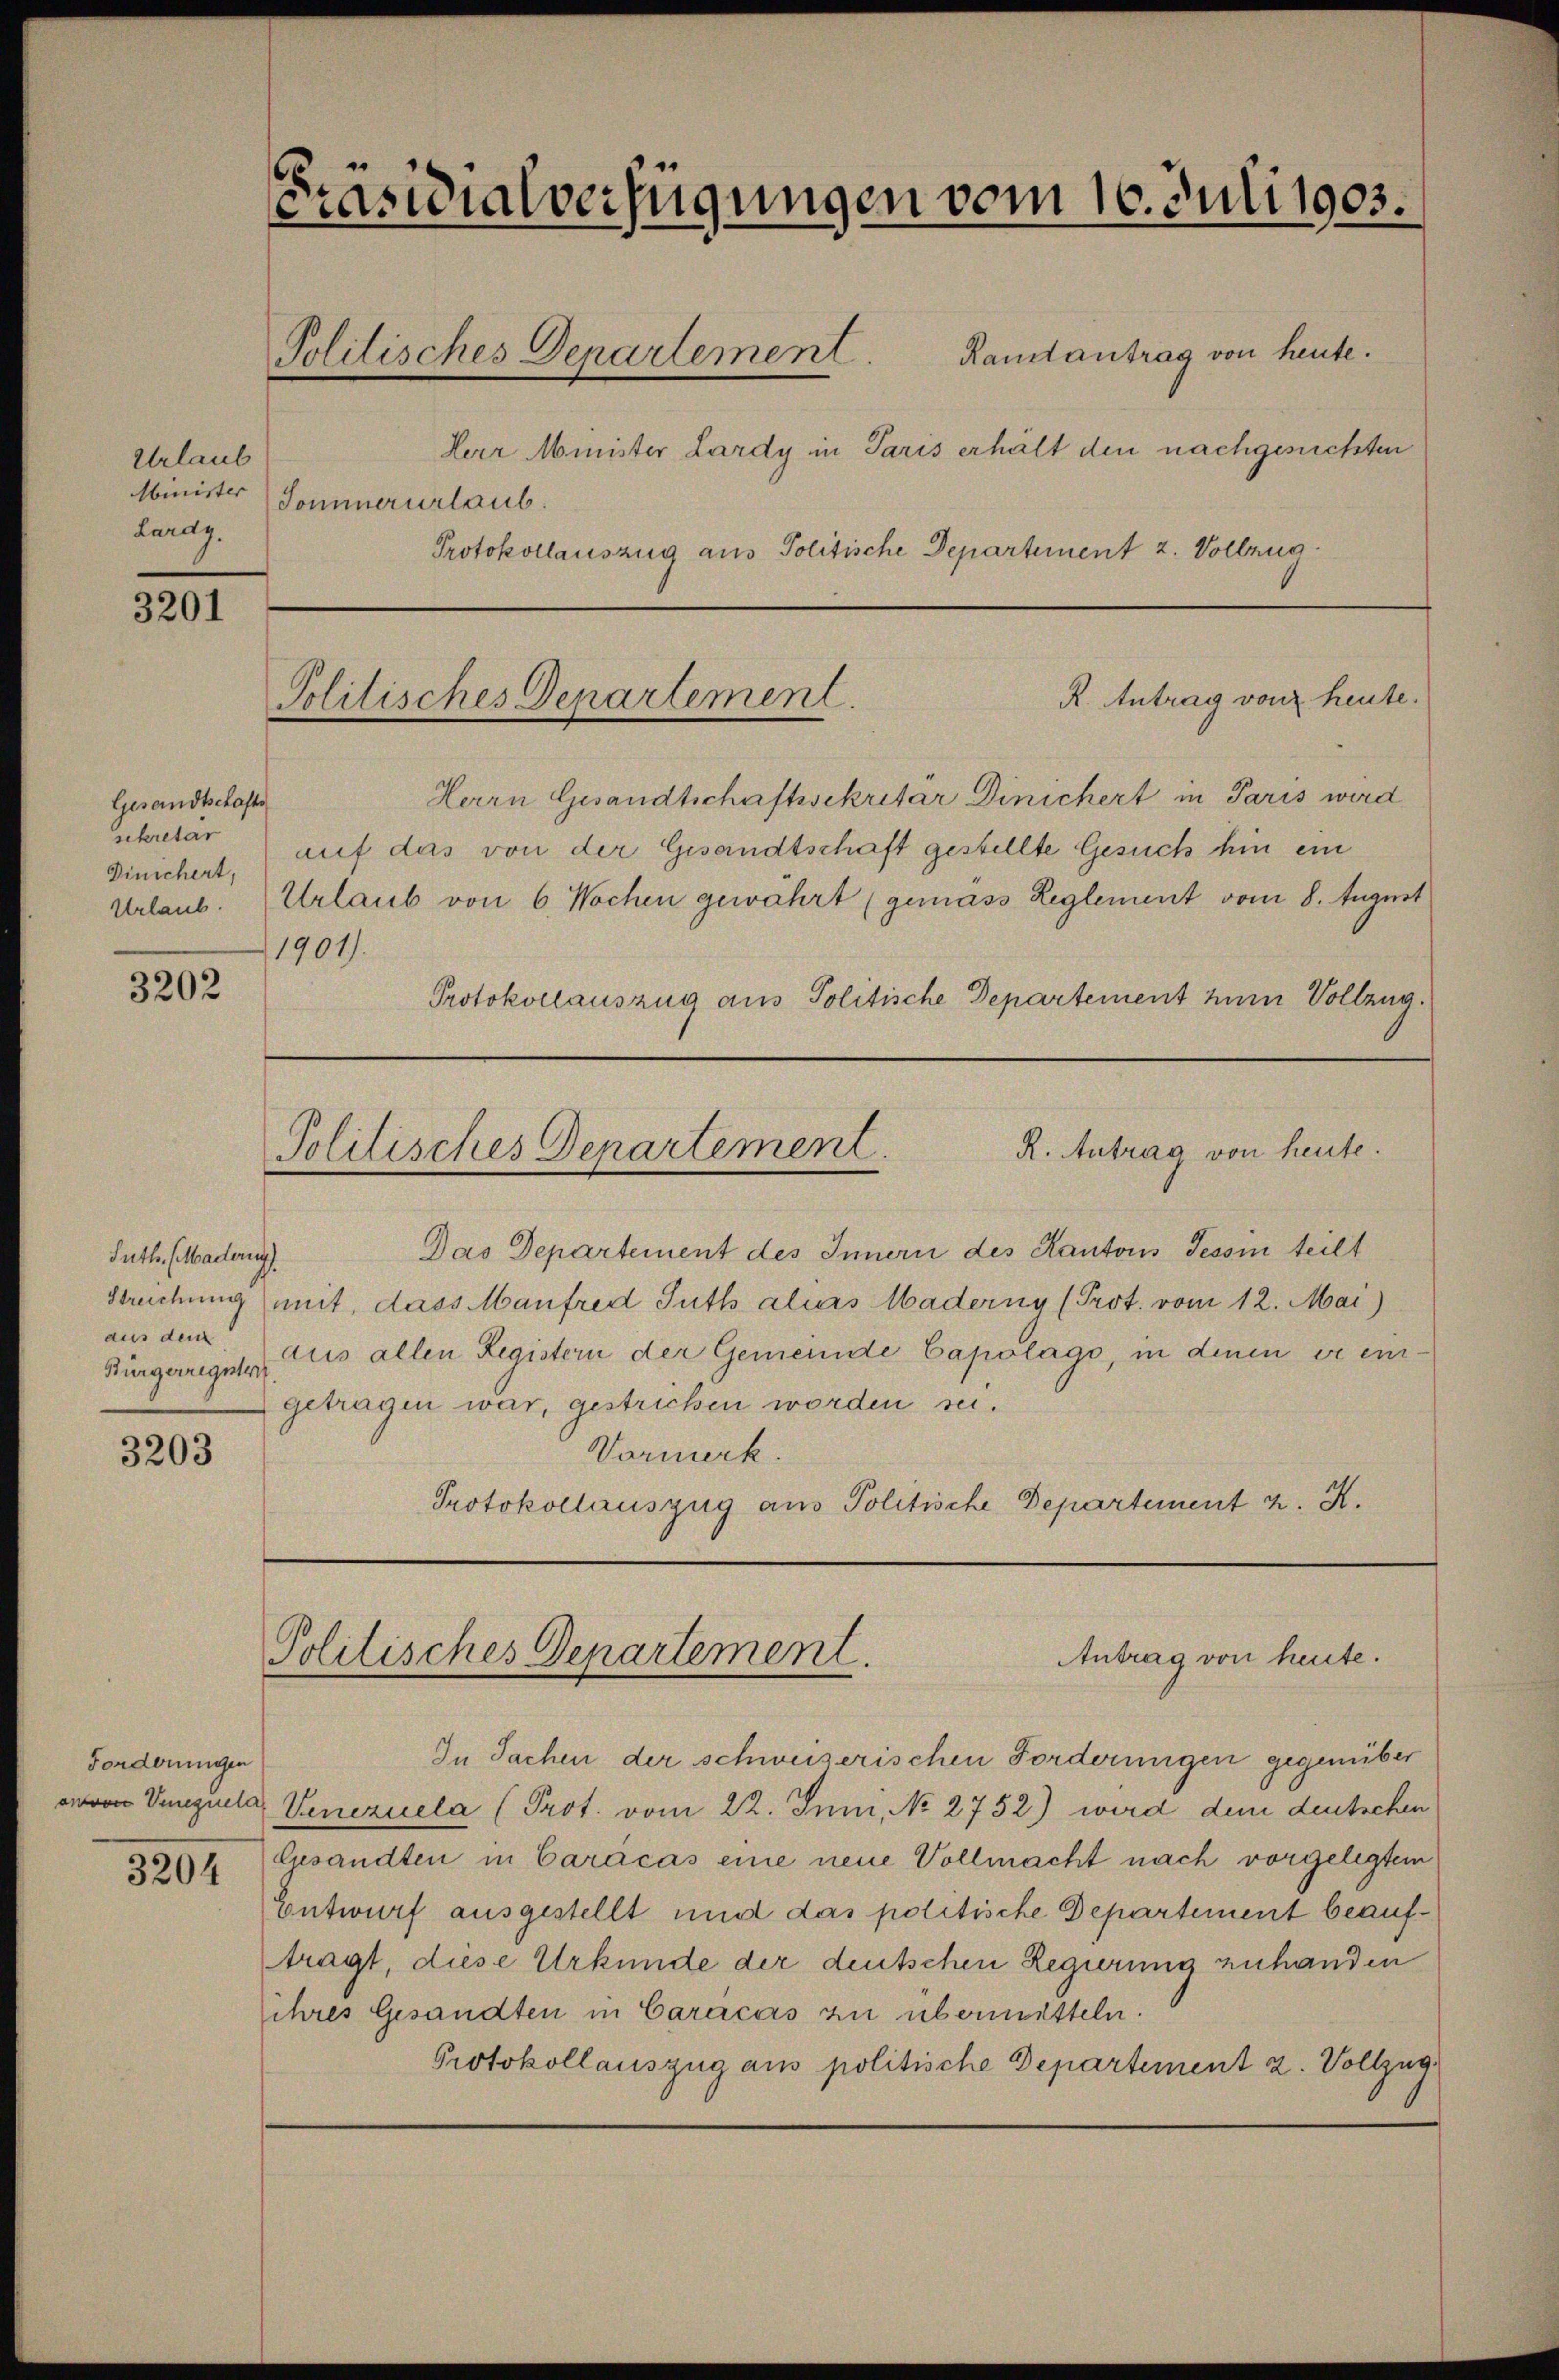
Urlaub
Lardy,

3201

Gesandtschafte
sekretär
Dinichert,

3202

Suth. (Maderung).
Streichung
aus dem
Bürgerreguter

3203

Forderungen

3204

Präsidialverfügungen vom 16. Juli 1903.

Politisches Departement. Randantrag von heute.

Herr Minister Lardy in Paris erhält den nachgesuchten
Minister Sommerurlaub.
Protokollauszug aus Politische Departement 2. Vollzug.

R. Antrag von heute.
Politisches Departement.

Herrn Gesandtschaftssekretär Dinichert in Paris wird
auf das von der Gesandtschaft gestellte Gesuch hin ein
Urlaub. (Urlaub von 6 Wochen gewahrt (gemäss Reglement vom 8. August
1901).
Protokollauszug aus Politische Departement zum Vollzug.

R. Antrag von heute.
Politisches Departement.

Das Departement des Innern des Kantons Tessin teilt
mit, dass Manfred Suth als Maderny (Prot. vom 12. Mai)
aus allen Registern der Gemeinde Capolags, in denen er eingetragen war, gestrichen worden sei.
Vormerk.
Protokollauszug aus Politische Departement z. K.

Antrag von heute.
Politisches Departement.

In Sachen der schweizerischen Forderungen gegenüber
ovon Verguels Venezuela (Prot. vom 22. Juni, No 2752) wird dem deutschen
Gesandten in Carácas eine neue Vollmacht nach vorgelegtem
Entwurf ausgestellt und das politische Departement beauftragt, diese Urkunde der deutschen Regierung zuhanden
ihres Gesandten in Caracas zu übermitteln.
Protokollauszug aus politische Departement 2. Vollzug